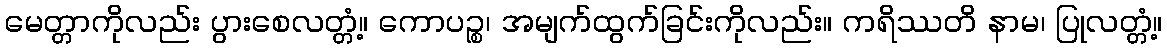
မေတ္တာကိုလည်း ပွားစေလတ္တံ့။ ကောပဉ္စ၊ အမျက်ထွက်ခြင်းကိုလည်း။ ကရိဿတိ နာမ၊ ပြုလတ္တံ့။